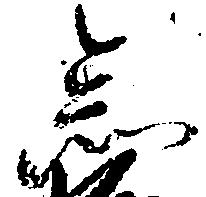
念